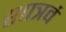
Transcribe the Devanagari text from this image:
शात्रवं